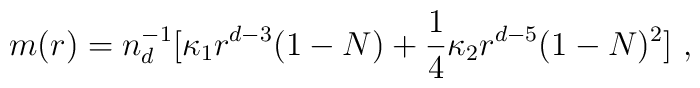
m(r)=n_d^{-1}[\kappa_1 r^{d-3}(1-N)+\frac14\kappa_2 r^{d-5}(1-N)^2]\ ,